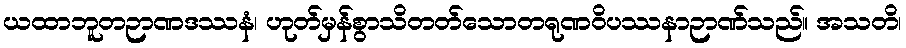
ယထာဘူတဉာဏဒဿနံ၊ ဟုတ်မှန်စွာသိတတ်သောတရုဏဝိပဿနာဉာဏ်သည်။ အသတိ၊